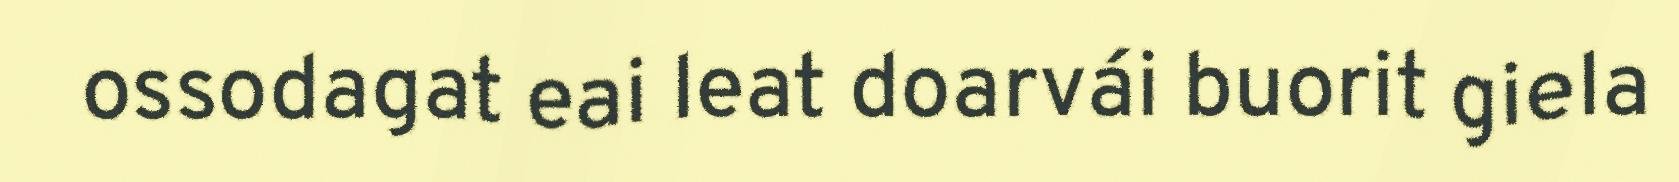
ossodagat eai leat doarvái buorit giela